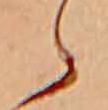
ら